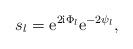
LaTeX: \begin{align*}s_l = {\rm e}^{2{\rm i}\Phi_l}{\rm e}^{-2\psi_l} ,\end{align*}